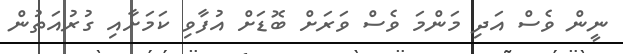
ނީން ވެސް އަދި މަންމަ ވެސް ވަރަށް ބޮޑަށް އުފާވި ކަމަށާއި ގުރުއަތުން